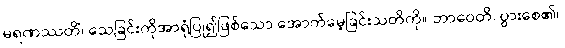
မရဏဿတိံ၊ သေခြင်းကိုအာရုံပြု၍ဖြစ်သော အောက်မေ့ခြင်းသတိကို။ ဘာဝေတိ၊ ပွားစေ၏။